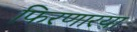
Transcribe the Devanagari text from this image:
फिरणारया